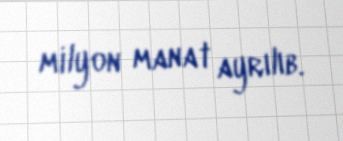
milyon manat ayrılıb.